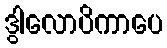
ဒွါလောပိကာပေ